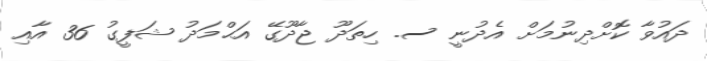
ދައުވާ ކޮށްދިނުމަށް އެދުނީ ސ. ހިތަދޫ ޖާދޫގޭ އަޙްމަދު ޝަފީގު 36 އާއި